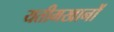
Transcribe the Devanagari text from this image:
यतीमखानों